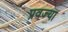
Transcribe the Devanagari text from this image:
प्रवज्या